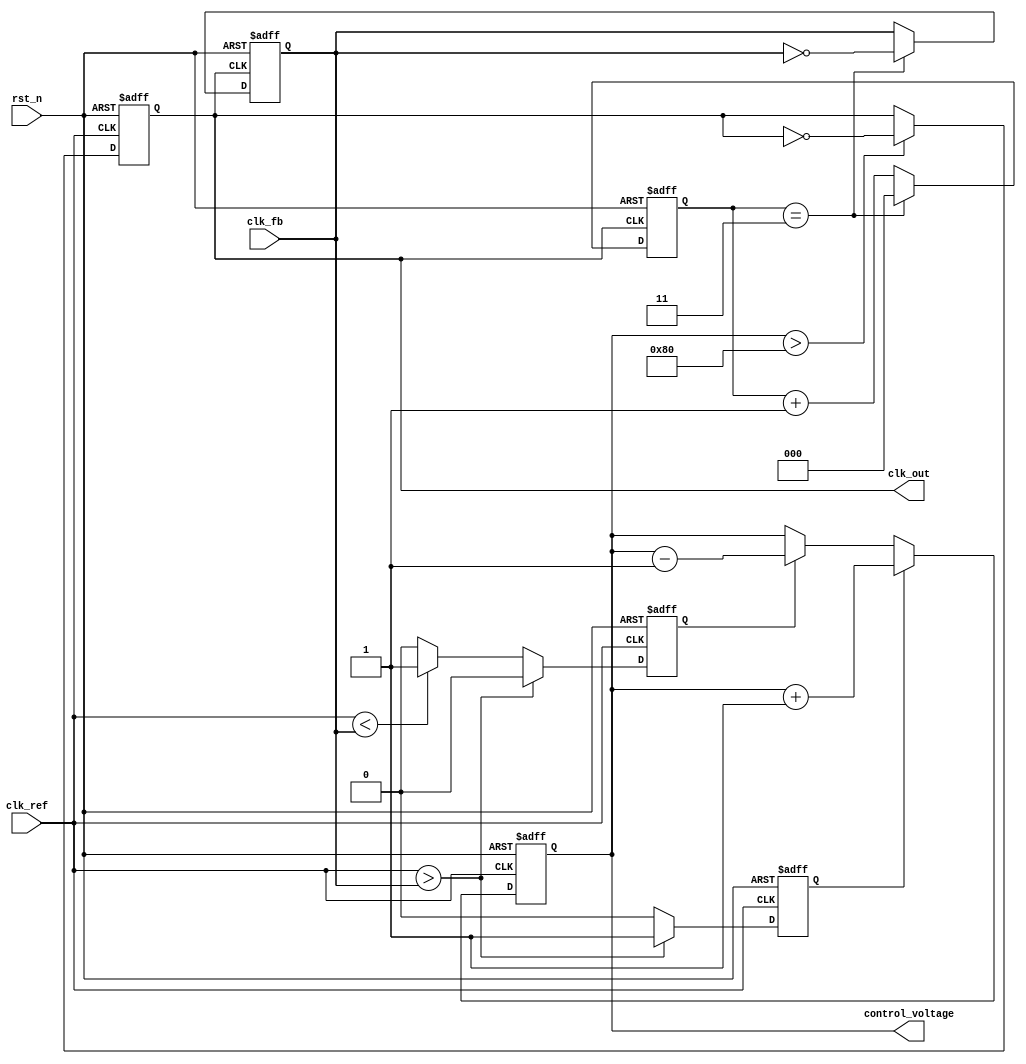
module FracN_PLL (
    input wire clk_ref,     // Reference clock
    input wire clk_fb,      // Feedback clock from VCO
    input wire rst_n,       // Active low reset
    output reg clk_out,     // Output clock
    output reg [7:0] control_voltage // Control voltage for VCO
);

// PFD signals
reg up, down;

// PFD state machine
always @(posedge clk_ref or negedge rst_n) begin
    if (!rst_n) begin
        up <= 0;
        down <= 0;
    end else begin
        if (clk_ref > clk_fb) begin
            up <= 1; 
            down <= 0;
        end else if (clk_ref < clk_fb) begin
            up <= 0;
            down <= 1;
        end else begin
            up <= 0;
            down <= 0;
        end
    end
end

// Charge Pump (simplified)
always @(posedge clk_ref or negedge rst_n) begin
    if (!rst_n) begin
        control_voltage <= 8'b0; // Init control voltage
    end else begin
        if (up) begin
            control_voltage <= control_voltage + 1; // Increase control voltage
        end else if (down) begin
            control_voltage <= control_voltage - 1; // Decrease control voltage
        end
    end
end

// VCO (simplified, frequency is controlled by control_voltage)
always @(posedge clk_ref or negedge rst_n) begin
    if (!rst_n) begin
        clk_out <= 0;
    end else begin
        // Simplified VCO: toggle output based on control_voltage
        if (control_voltage > 128) begin
            clk_out <= ~clk_out; // Higher frequency
        end else begin
            clk_out <= clk_out; // Lower frequency
        end
    end
end

// Frequency Divider (N is a parameter, can be set as needed)
parameter integer N = 4; // Integer division ratio
reg [2:0] counter;

always @(posedge clk_out or negedge rst_n) begin
    if (!rst_n) begin
        counter <= 0;
        clk_fb <= 0;
    end else if (counter == (N - 1)) begin
        clk_fb <= ~clk_fb; // Divide by N
        counter <= 0;
    end else begin
        counter <= counter + 1;
    end
end

endmodule